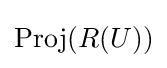
\operatorname {Proj} (R(U))